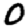
Digit: 0